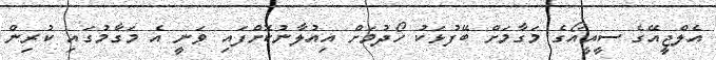
އެލްޖީއޭގެ ސީއީއޯގެ މަގާމަށް ބޭފުޅަކު ހޯދުމަށް އިއުލާނުކޮށްފައި ވަނީ އެ މަގާމުގައި ކުރިން